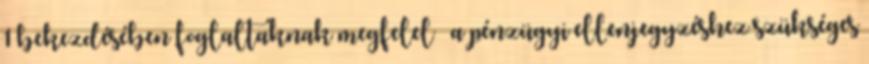
1 bekezdésében foglaltaknak megfelel – a pénzügyi ellenjegyzéshez szükséges